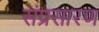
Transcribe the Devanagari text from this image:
संप्रसारण